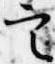
定